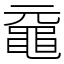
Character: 黿